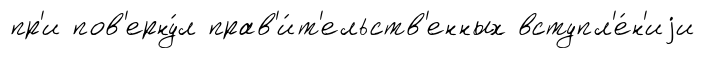
пр'и пов'ерну́л прав'и́т'ельств'енных вступл'е́н'иjи